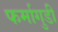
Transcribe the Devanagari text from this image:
फर्मागुडी